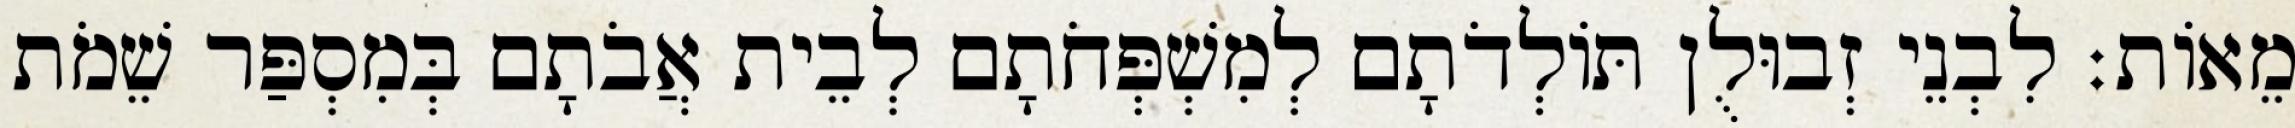
מֵאוֹת׃ לִבְנֵי זְבוּלֻן תּוֹלְדֹתָם לְמִשְׁפְּחֹתָם לְבֵית אֲבֹתָם בְּמִסְפַּר שֵׁמֹת